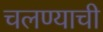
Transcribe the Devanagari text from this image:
चलण्याची